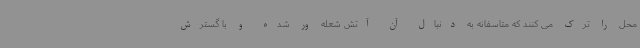
محل را ترک می کنند که متاسفانه به دنبال آن آتش شعله ور شده و با گسترش